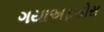
ગયાઅફસોસ